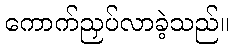
ကောက်ညှပ်လာခဲ့သည်။